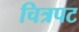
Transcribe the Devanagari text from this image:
चित्रपट